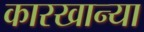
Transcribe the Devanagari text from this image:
कारखान्या